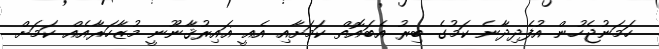
ހަމަނުޖެހުން އުފެދިދާނެ ކަމުގެ ބިރު އެބައޮތް ކަމަށާއި އެއީ ޣައިރުޤާނޫނީ މުޒާހަރާއެއް ކަމަށް